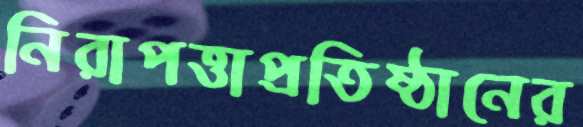
নিরাপত্তাপ্রতিষ্ঠানের